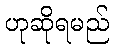
ဟုဆိုရမည်